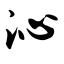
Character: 沁